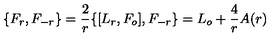
\{ F _ { r } , F _ { - r } \} = \frac { 2 } { r } \{ [ L _ { r } , F _ { o } ] , F _ { - r } \} = L _ { o } + \frac { 4 } { r } A ( r )